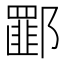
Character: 𰻾